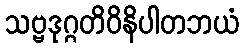
သဗ္ဗဒုဂ္ဂတိဝိနိပါတဘယံ